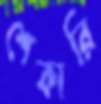
শেকারি